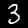
Label: 3